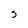
Character: s